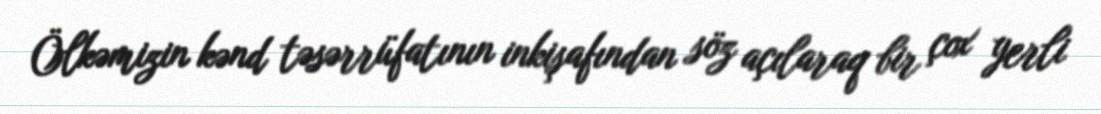
Ölkəmizin kənd təsərrüfatının inkişafından söz açılaraq bir çox yerli